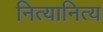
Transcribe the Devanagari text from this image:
नित्यानित्य